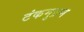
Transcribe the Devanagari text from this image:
टंकमुद्रण